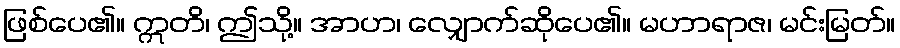
ဖြစ်ပေ၏။ ဣတိ၊ ဤသို့။ အာဟ၊ လျှောက်ဆိုပေ၏။ မဟာရာဇ၊ မင်းမြတ်။